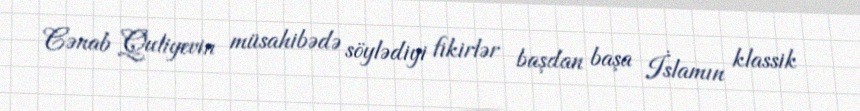
Cənab Quliyevin müsahibədə söylədiyi fikirlər başdan başa İslamın klassik